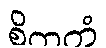
စိတကံ